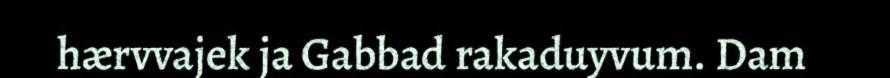
hærvvajek ja Gabbad rakaduyvum. Dam